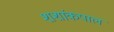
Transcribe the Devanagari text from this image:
शशांकपाल